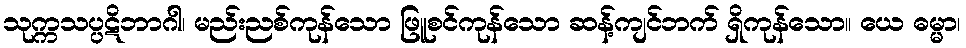
သုက္ကသပ္ပဋိဘာဂါ၊ မည်းညစ်ကုန်သော ဖြူစင်ကုန်သော ဆန့်ကျင်ဘက် ရှိကုန်သော။ ယေ ဓမ္မာ၊